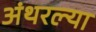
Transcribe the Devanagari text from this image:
अंथरल्या